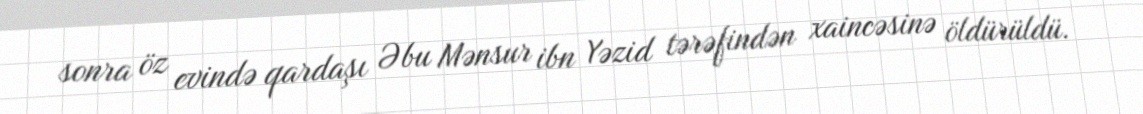
sonra öz evində qardaşı Əbu Mənsur ibn Yəzid tərəfindən xaincəsinə öldürüldü.